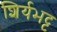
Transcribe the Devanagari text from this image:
शिर्यभट्ट